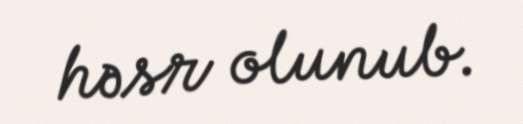
həsr olunub.